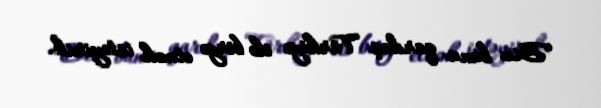
“Biz bunu qardaş Türkiyə ilə birgə etmək istəyirik.